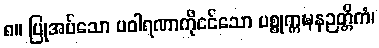
၈။ ပြုအပ်သော ပဝါရဏာကိုငင်သော ပစ္စုက္ကဍ္ဎနဉတ္တိကံ၊